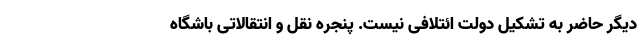
دیگر حاضر به تشکیل دولت ائتلافی نیست. پنجره نقل و انتقالاتی باشگاه